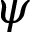
\psi